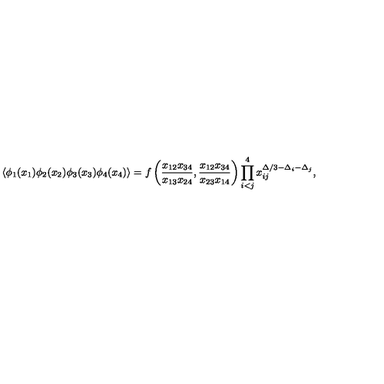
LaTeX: \langle \phi _ { 1 } ( x _ { 1 } ) \phi _ { 2 } ( x _ { 2 } ) \phi _ { 3 } ( x _ { 3 } ) \phi _ { 4 } ( x _ { 4 } ) \rangle = f \left( \frac { x _ { 1 2 } x _ { 3 4 } } { x _ { 1 3 } x _ { 2 4 } } , \frac { x _ { 1 2 } x _ { 3 4 } } { x _ { 2 3 } x _ { 1 4 } } \right) \prod _ { i < j } ^ { 4 } x _ { i j } ^ { \Delta / 3 - \Delta _ { i } - \Delta _ { j } } ,